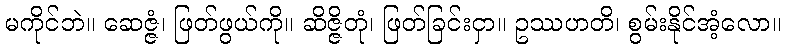
မကိုင်ဘဲ။ ဆေဇ္ဇံ၊ ဖြတ်ဖွယ်ကို။ ဆိဇ္ဇိတုံ၊ ဖြတ်ခြင်းငှာ။ ဥဿဟတိ၊ စွမ်းနိုင်အံ့လော။